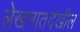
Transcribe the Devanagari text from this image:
लेखनातदेखील